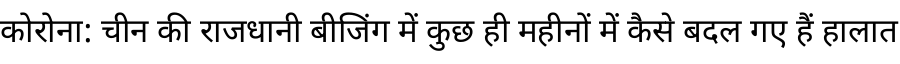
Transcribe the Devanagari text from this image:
कोरोना: चीन की राजधानी बीजिंग में कुछ ही महीनों में कैसे बदल गए हैं हालात